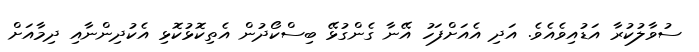
ސުވާލުކުރާ އަޑުއިވެއެވެ. އަދި އެއަށްފަހު އޭނާ ގެންގުޅޭ ބިސްކޯދުން އެތިކޮޅުކޮޅި އެކުދިންނާއި ދިމާއަށް